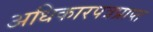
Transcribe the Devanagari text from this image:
अधिकारपत्रप्राप्त